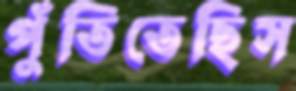
পুঁতিতেছিস